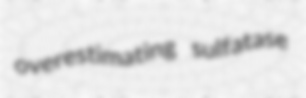
overestimating sulfatase